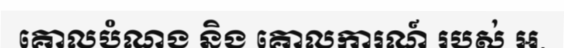
គោលបំណង និង គោលការណ៍ របស់ អ.